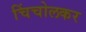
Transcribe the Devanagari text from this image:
चिंचोलकर